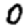
Digit: 0